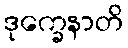
ဒုက္ခေနာတိ